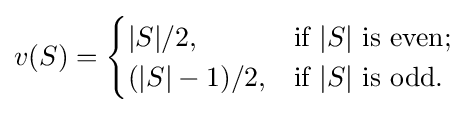
v(S)={\begin{cases}|S|/2,&{\text{if }}|S|{\text{ is even}};\\(|S|-1)/2,&{\text{if }}|S|{\text{ is odd}}.\end{cases}}